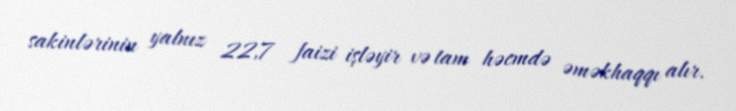
sakinlərinin yalnız 22,7 faizi işləyir və tam həcmdə əməkhaqqı alır.